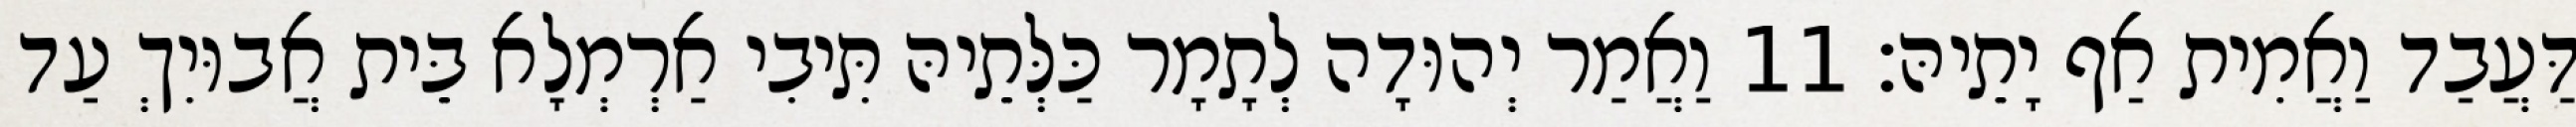
דַּעֲבַד וַאֲמִית אַף יָתֵיהּ׃ 11 וַאֲמַר יְהוּדָה לְתָמָר כַּלְּתֵיהּ תִּיבִי אַרְמְלָא בֵּית אֲבוּיִךְ עַד